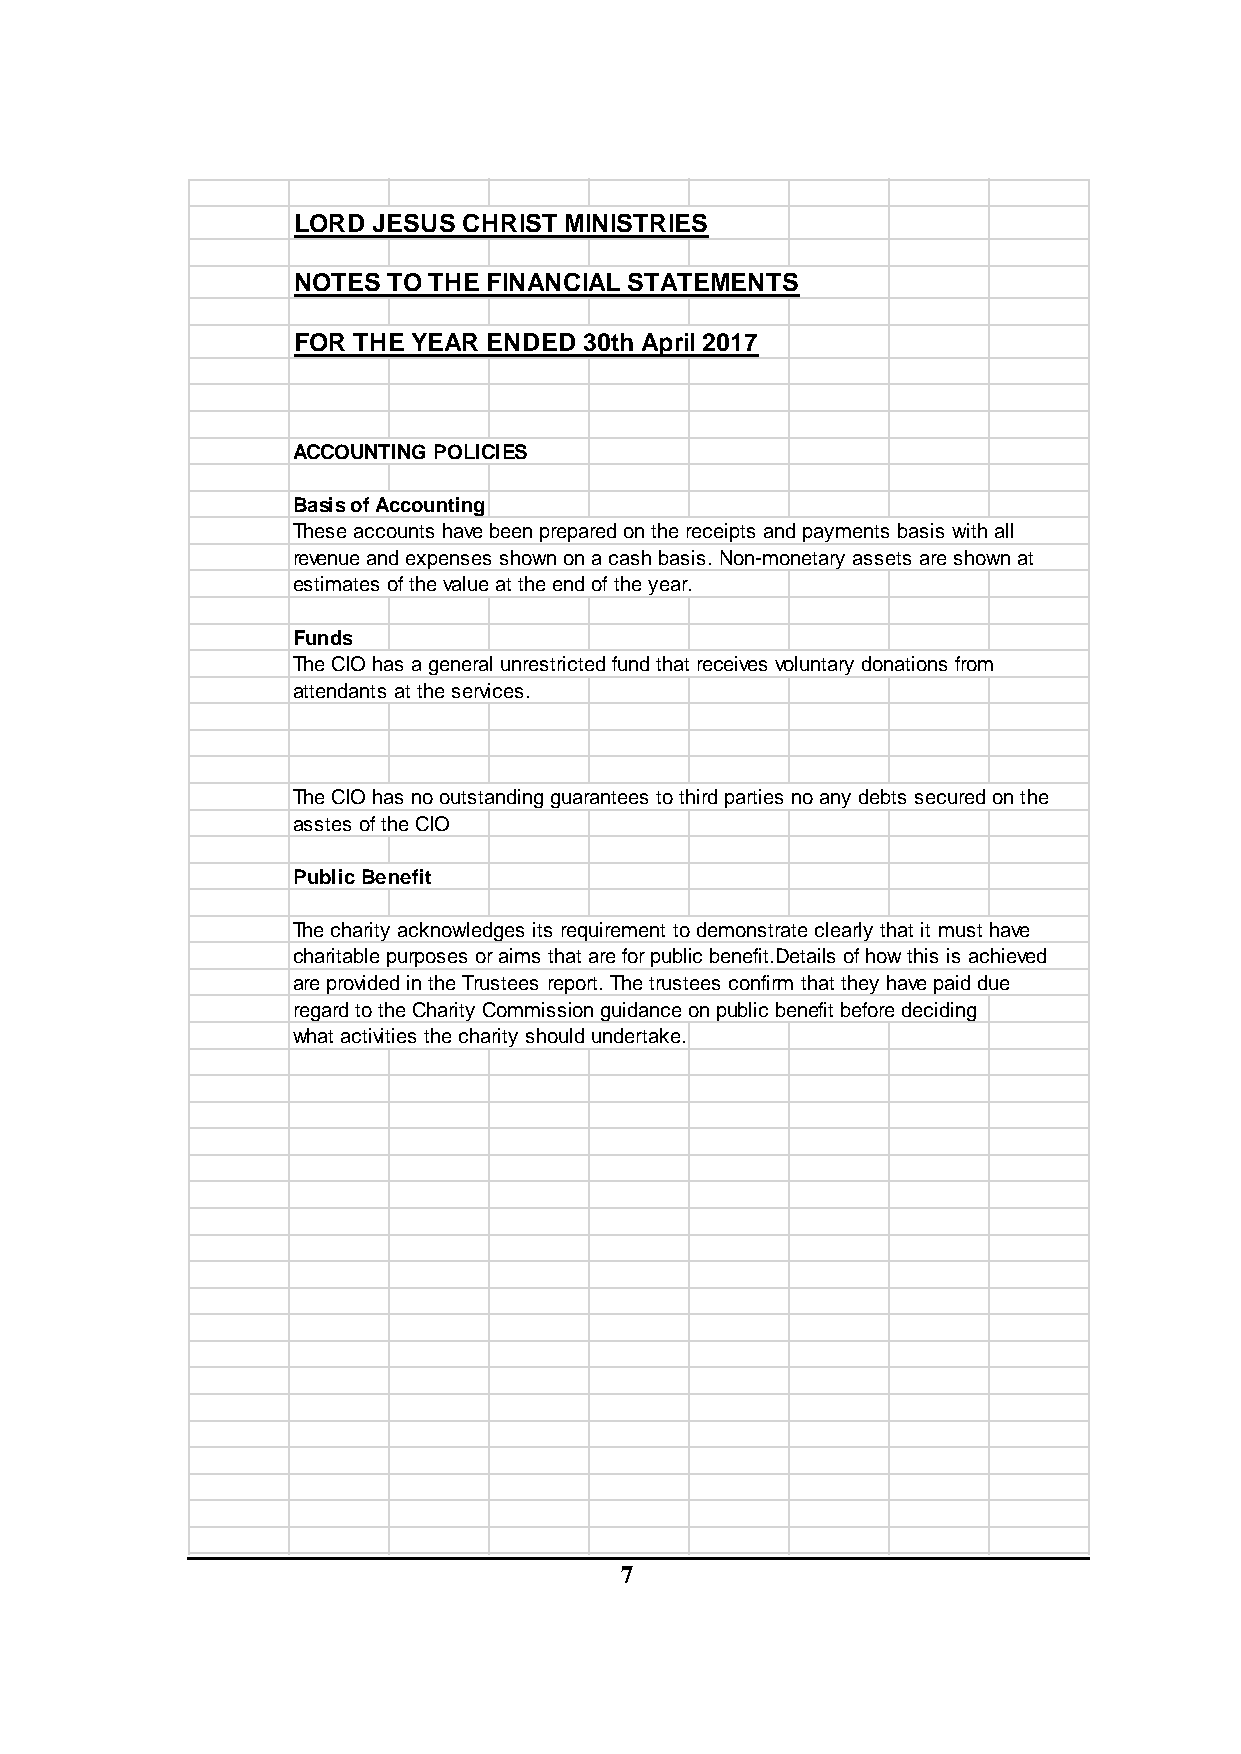
LORD  JESUS CHRIST MINISTRIES
 NOTES  TO THE FINANCIAL STATEMENTS
 FOR THE YEAR ENDED  30th April 2017
 ACCOUNTING POLICIES
 Basis of Accounting
 These accounts have been prepared on the receipts and payments basis with all
 revenue and expenses shown on a cash basis. Non-monetary assets are shown at
 estimates of the value at the end of the year.
 Funds
 The CIO has a general unrestricted fund that receives voluntary donations from
 attendants at the services.
 The CIO has no outstanding guarantees to third parties no any debts secured on the
 asstes of the CIO
 Public Benefit
 The charity acknowledges its requirement to demonstrate clearly that it must have
 charitable purposes or aims that are for public benefit.Details of how this is achieved
 are provided in the Trustees report. The trustees confirm that they have paid due
 regard to the Charity Commission guidance on public benefit before deciding
 what activities the charity should undertake.
 7